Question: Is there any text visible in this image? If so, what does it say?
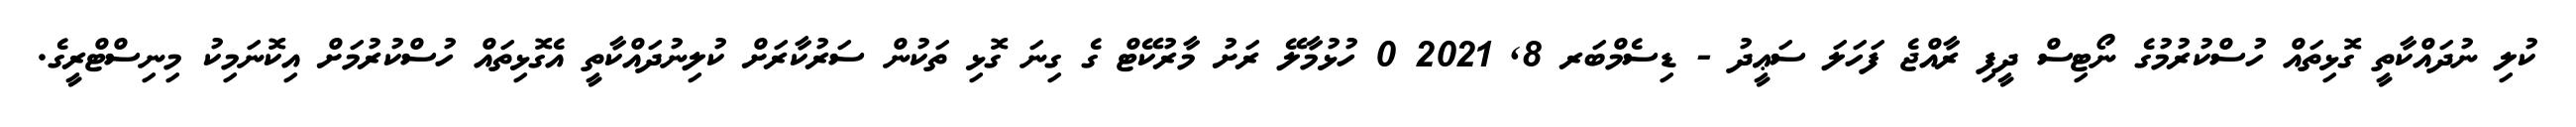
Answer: ކުލި ނުދައްކާތީ ގޮޅިތައް ހުސްކުރުމުގެ ނޯޓިސް ދީފި ރާއްޖެ ފަހަލަ ސަޢީދު - ޑިސެމްބަރ 8, 2021 0 ހުޅުމާލޭ ރަށު މާރުކޭޓް ގެ ގިނަ ގޮޅި ތަކުން ސަރުކާރަށް ކުލިނުދައްކާތީ އެގޮޅިތައް ހުސްކުރުމަށް އިކޮނަމިކު މިނިސްޓްރީގެ.